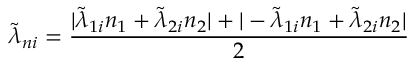
\widetilde { \lambda } _ { n i } = \frac { | \widetilde { \lambda } _ { 1 i } n _ { 1 } + \widetilde { \lambda } _ { 2 i } n _ { 2 } | + | - \widetilde { \lambda } _ { 1 i } n _ { 1 } + \widetilde { \lambda } _ { 2 i } n _ { 2 } | } { 2 }